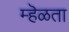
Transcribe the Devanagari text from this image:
म्हॆळता